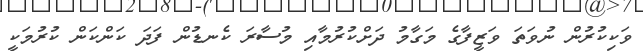
ވަކިކުރުން ނުވަތަ ވަޒީފާގެ މަގާމު ދަށްކުރުމާއި މުސާރަ ކެނޑުން ފަދަ ކަންކަން ކުރުމަކީ